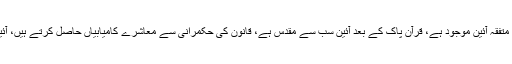
چیف جسٹس کا کہنا تھا کہ ہم بہت خوش نصیب ہیں کہ ہمارے پاس متفقہ آئین موجود ہے، قرآن پاک کے بعد آئین سب سے مقدس ہے، قانون کی حکمرانی سے معاشرے کامیابیاں حاصل کرتے ہیں، آئین کہتا ہے کہ ملک منتخب نمائندوں کے ذریعے ہی چلایا جائے گا۔